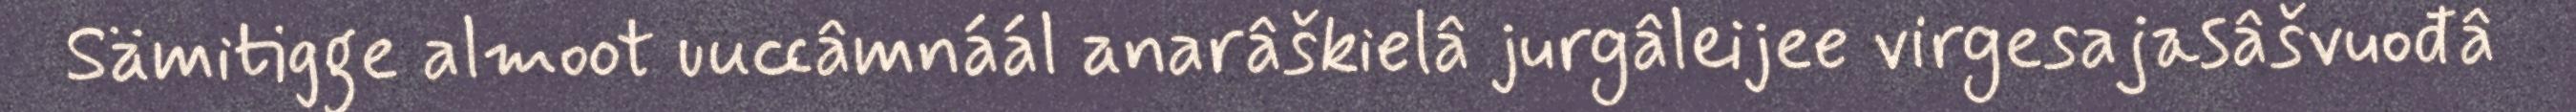
Sämitigge almoot uuccâmnáál anarâškielâ jurgâleijee virgesajasâšvuođâ